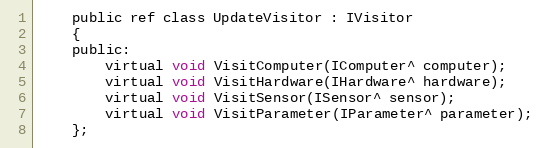
Language: C
    public ref class UpdateVisitor : IVisitor
    {
    public:
        virtual void VisitComputer(IComputer^ computer);
        virtual void VisitHardware(IHardware^ hardware);
        virtual void VisitSensor(ISensor^ sensor);
        virtual void VisitParameter(IParameter^ parameter);
    };